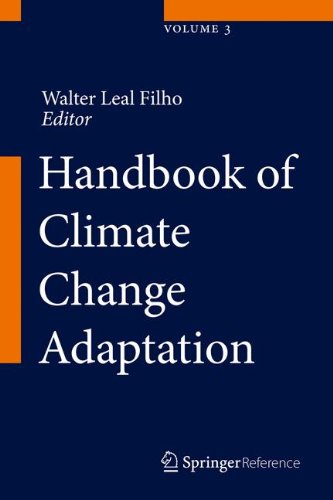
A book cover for Handbook of Climate Change Adaptation; Science & Math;